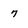
Character: 7